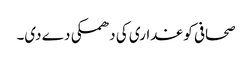
صحافی کو غداری کی دھمکی دے دی۔